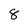
Character: 8